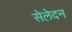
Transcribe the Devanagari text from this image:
सेलेदन